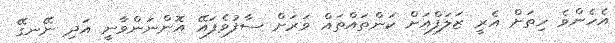
އެހެންވެ ހިތަށް އެރީ ޒަލަފްއަށް ކަންތައްތައް ވަރަށް ސާފުވެފައޭ އޮންނަންވާނީ އަދި ނޭނގޭ